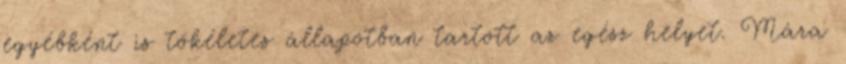
egyébként is tökéletes állapotban tartott az egész helyet. Mára